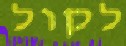
לקול